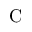
\textrm { C }